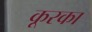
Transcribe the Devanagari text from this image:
कूरका